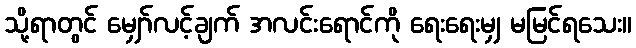
သို့ရာတွင် မျှော်လင့်ချက် အလင်းရောင်ကို ရေးရေးမျှ မမြင်ရသေး။